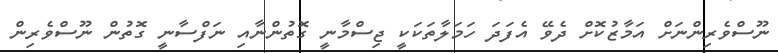
ނޫސްވެރިންނަށް އަމާޒުކޮށް ދެވޭ އެފަދަ ހަމަލާތަކަކީ ޖިސްމާނީ ގޮތުންނާއި ނަފްސާނީ ގޮތުން ނޫސްވެރިން